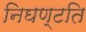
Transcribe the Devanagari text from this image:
निघण्टति